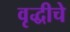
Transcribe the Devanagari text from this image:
वृद्धीचे